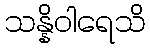
သန္နိဝါရေသိ